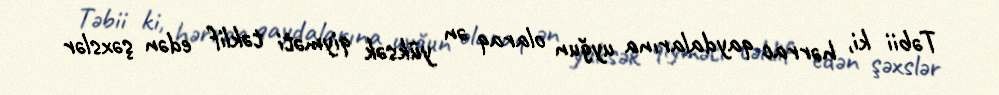
Təbii ki, hərrac qaydalarına uyğun olaraq ən yüksək qiyməti təklif edən şəxslər